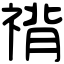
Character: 禙